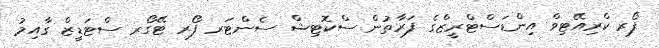
ފޯރ ކްރިއޭޓިވް އިންޑަސްޓްރީޒްގެ ފަރާތުން ސްކޮޓިޝް ސެންޓަރ ފޯރ ޓޭގޯރ ސްޓަޑީޒް ގާއިމު